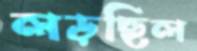
লড়ছিল